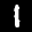
Label: 1